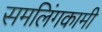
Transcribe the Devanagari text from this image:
समलिंगकामी